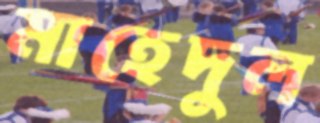
মাহেদুল